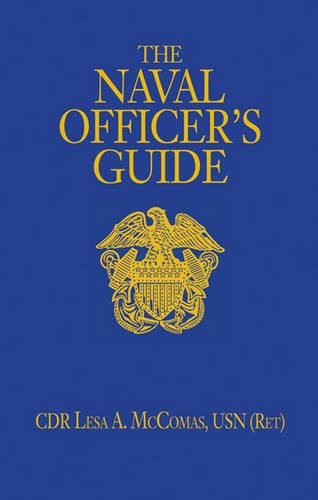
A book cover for The Naval Officer's Guide, 12th Edition; Cdr. Lesa McComas USN (Ret.); Engineering & Transportation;